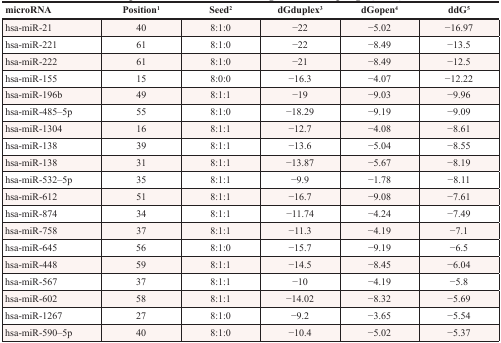
<table><thead><tr><td><b>microRNA</b></td><td><b>Position<sup>1</sup></b></td><td><b>Seed<sup>2</sup></b></td><td><b>dGduplex<sup>3</sup></b></td><td><b>dGopen<sup>4</sup></b></td><td><b>ddG<sup>5</sup></b></td></tr></thead><tbody><tr><td>hsa-miR-21</td><td>40</td><td>8:1:0</td><td>−22</td><td>−5.02</td><td>−16.97</td></tr><tr><td>hsa-miR-221</td><td>61</td><td>8:1:0</td><td>−22</td><td>−8.49</td><td>−13.5</td></tr><tr><td>hsa-miR-222</td><td>61</td><td>8:1:0</td><td>−21</td><td>−8.49</td><td>−12.5</td></tr><tr><td>hsa-miR-155</td><td>15</td><td>8:0:0</td><td>−16.3</td><td>−4.07</td><td>−12.22</td></tr><tr><td>hsa-miR-196b</td><td>49</td><td>8:1:1</td><td>−19</td><td>−9.03</td><td>−9.96</td></tr><tr><td>hsa-miR-485–5p</td><td>55</td><td>8:1:0</td><td>−18.29</td><td>−9.19</td><td>−9.09</td></tr><tr><td>hsa-miR-1304</td><td>16</td><td>8:1:1</td><td>−12.7</td><td>−4.08</td><td>−8.61</td></tr><tr><td>hsa-miR-138</td><td>39</td><td>8:1:1</td><td>−13.6</td><td>−5.04</td><td>−8.55</td></tr><tr><td>hsa-miR-138</td><td>31</td><td>8:1:1</td><td>−13.87</td><td>−5.67</td><td>−8.19</td></tr><tr><td>hsa-miR-532–5p</td><td>35</td><td>8:1:1</td><td>−9.9</td><td>−1.78</td><td>−8.11</td></tr><tr><td>hsa-miR-612</td><td>51</td><td>8:1:1</td><td>−16.7</td><td>−9.08</td><td>−7.61</td></tr><tr><td>hsa-miR-874</td><td>34</td><td>8:1:1</td><td>−11.74</td><td>−4.24</td><td>−7.49</td></tr><tr><td>hsa-miR-758</td><td>37</td><td>8:1:1</td><td>−11.3</td><td>−4.19</td><td>−7.1</td></tr><tr><td>hsa-miR-645</td><td>56</td><td>8:1:0</td><td>−15.7</td><td>−9.19</td><td>−6.5</td></tr><tr><td>hsa-miR-448</td><td>59</td><td>8:1:1</td><td>−14.5</td><td>−8.45</td><td>−6.04</td></tr><tr><td>hsa-miR-567</td><td>37</td><td>8:1:1</td><td>−10</td><td>−4.19</td><td>−5.8</td></tr><tr><td>hsa-miR-602</td><td>58</td><td>8:1:1</td><td>−14.02</td><td>−8.32</td><td>−5.69</td></tr><tr><td>hsa-miR-1267</td><td>27</td><td>8:1:0</td><td>−9.2</td><td>−3.65</td><td>−5.54</td></tr><tr><td>hsa-miR-590–5p</td><td>40</td><td>8:1:0</td><td>−10.4</td><td>−5.02</td><td>−5.37</td></tr></tbody></table>